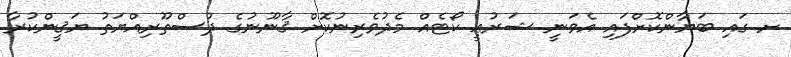
ށ ގައި ބަޔާންކޮށްފައި އެވަނީ ޝަރުޢީ ކޯޓެއް މެދުވެރިނުކޮށް ޤާނޫނުގެ ދުސްތޫރިއްޔަތު ޔަޤީންކުރާ